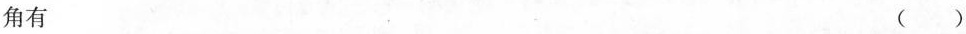
角有 ( )